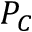
P _ { C }